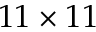
1 1 \times 1 1